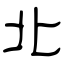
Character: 北